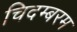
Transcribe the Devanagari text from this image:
चिदम्‍बरम